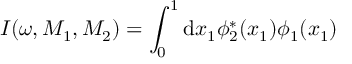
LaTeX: I ( \omega , M _ { 1 } , M _ { 2 } ) = \int _ { 0 } ^ { 1 } \mathrm { d } x _ { 1 } \phi _ { 2 } ^ { * } ( x _ { 1 } ) \phi _ { 1 } ( x _ { 1 } )